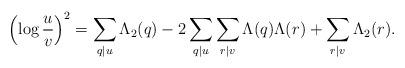
LaTeX: \begin{align*} \left(\log{\frac{u}{v}}\right)^2=\sum_{q\mid u}\Lambda_2(q)-2\sum_{q\mid u}\sum_{r\mid v}\Lambda(q)\Lambda(r)+\sum_{r\mid v}\Lambda_2(r).\end{align*}